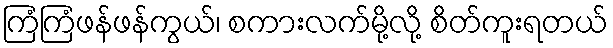
ကြံကြံဖန်ဖန်ကွယ်၊ စကားလက်မို့လို့ စိတ်ကူးရတယ်